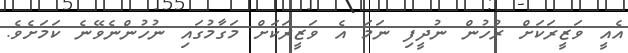
އެއީ ވަޒީރަކަށް ރުހުން ނުދީފި ނަމަ އެ ވަޒީރަކަށް މަގާމުގައި ނުހުންނެވޭނެ ކަމަށެވެ.